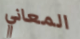
المعاني